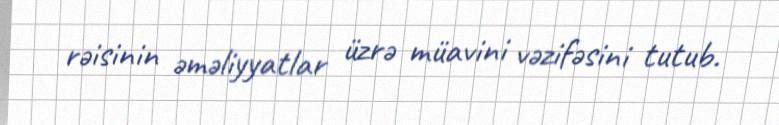
rəisinin əməliyyatlar üzrə müavini vəzifəsini tutub.